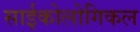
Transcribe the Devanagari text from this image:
साईकोलोगिकल